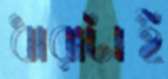
ধারাটাই